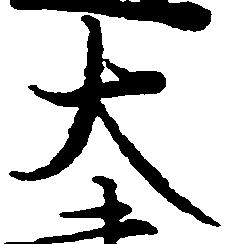
大